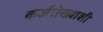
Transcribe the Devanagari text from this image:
कर्जरोख्याशी